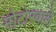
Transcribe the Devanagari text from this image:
मोटोरवाले